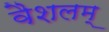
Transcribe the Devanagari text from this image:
वैशलम्